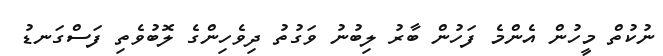
ނުކުތް މީހުން އެންމެ ފަހުން ބާރު ލިބުނު ވަގުތު ދިވެހިންގެ ލޮބުވެތި ފަސްގަނޑު